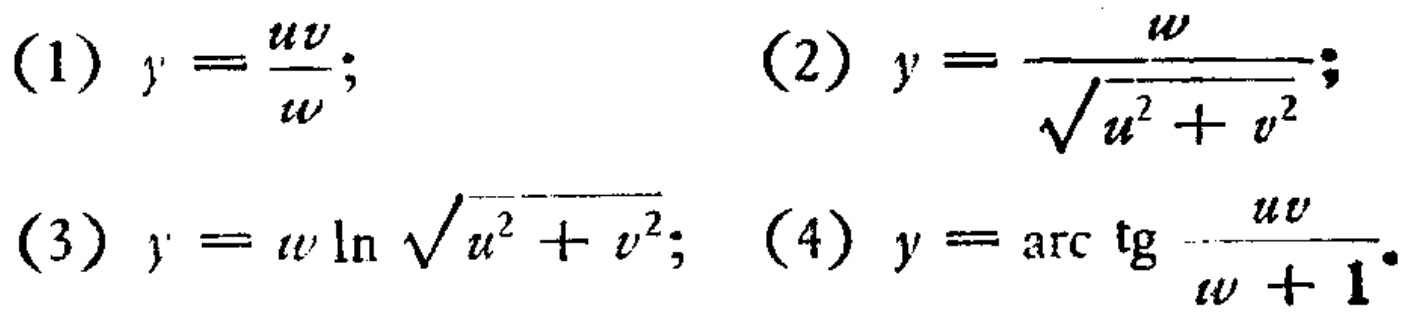
(1) \(y = \frac{uv}{w}\);
(2) \(y = \frac{w}{\sqrt{u^{2}+v^{2}}}\);
(3) \(y = w\ln\sqrt{u^{2}+v^{2}}\);
(4) \(y = \arctan\frac{uv}{w + 1}\).